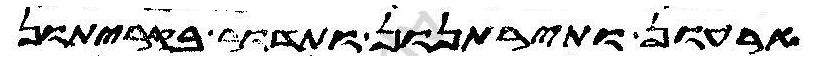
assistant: ארעון ותירתנון ותדור בקריתון